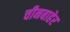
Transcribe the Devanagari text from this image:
चीनबाहेर